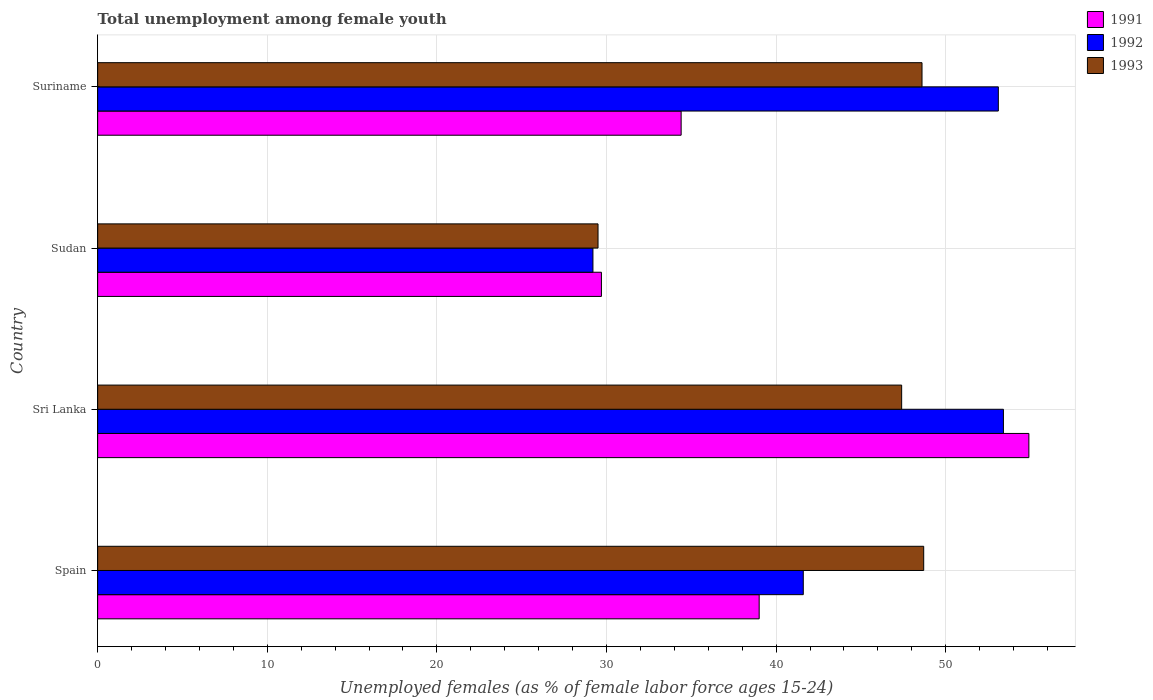
| Country | 1991 | 1992 | 1993 |
 | --- | --- | --- | --- |
 | Spain | 39 | 41.6 | 48.7 |
 | Sri Lanka | 54.9 | 53.4 | 47.4 |
 | Sudan | 29.7 | 29.2 | 29.5 |
 | Suriname | 34.4 | 53.1 | 48.6 |